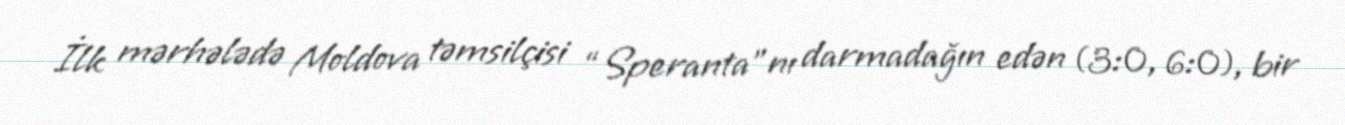
İlk mərhələdə Moldova təmsilçisi “Speranta”nı darmadağın edən (3:0, 6:0), bir